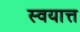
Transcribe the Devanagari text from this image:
स्वयात्त